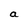
Character: a